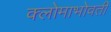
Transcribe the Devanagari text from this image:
क्लोमाभोवती